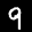
Label: 9